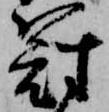
冠